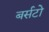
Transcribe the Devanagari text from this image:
बर्सटो